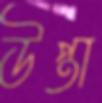
উপ্তা